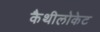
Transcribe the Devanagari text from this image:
कैथीलोकेट